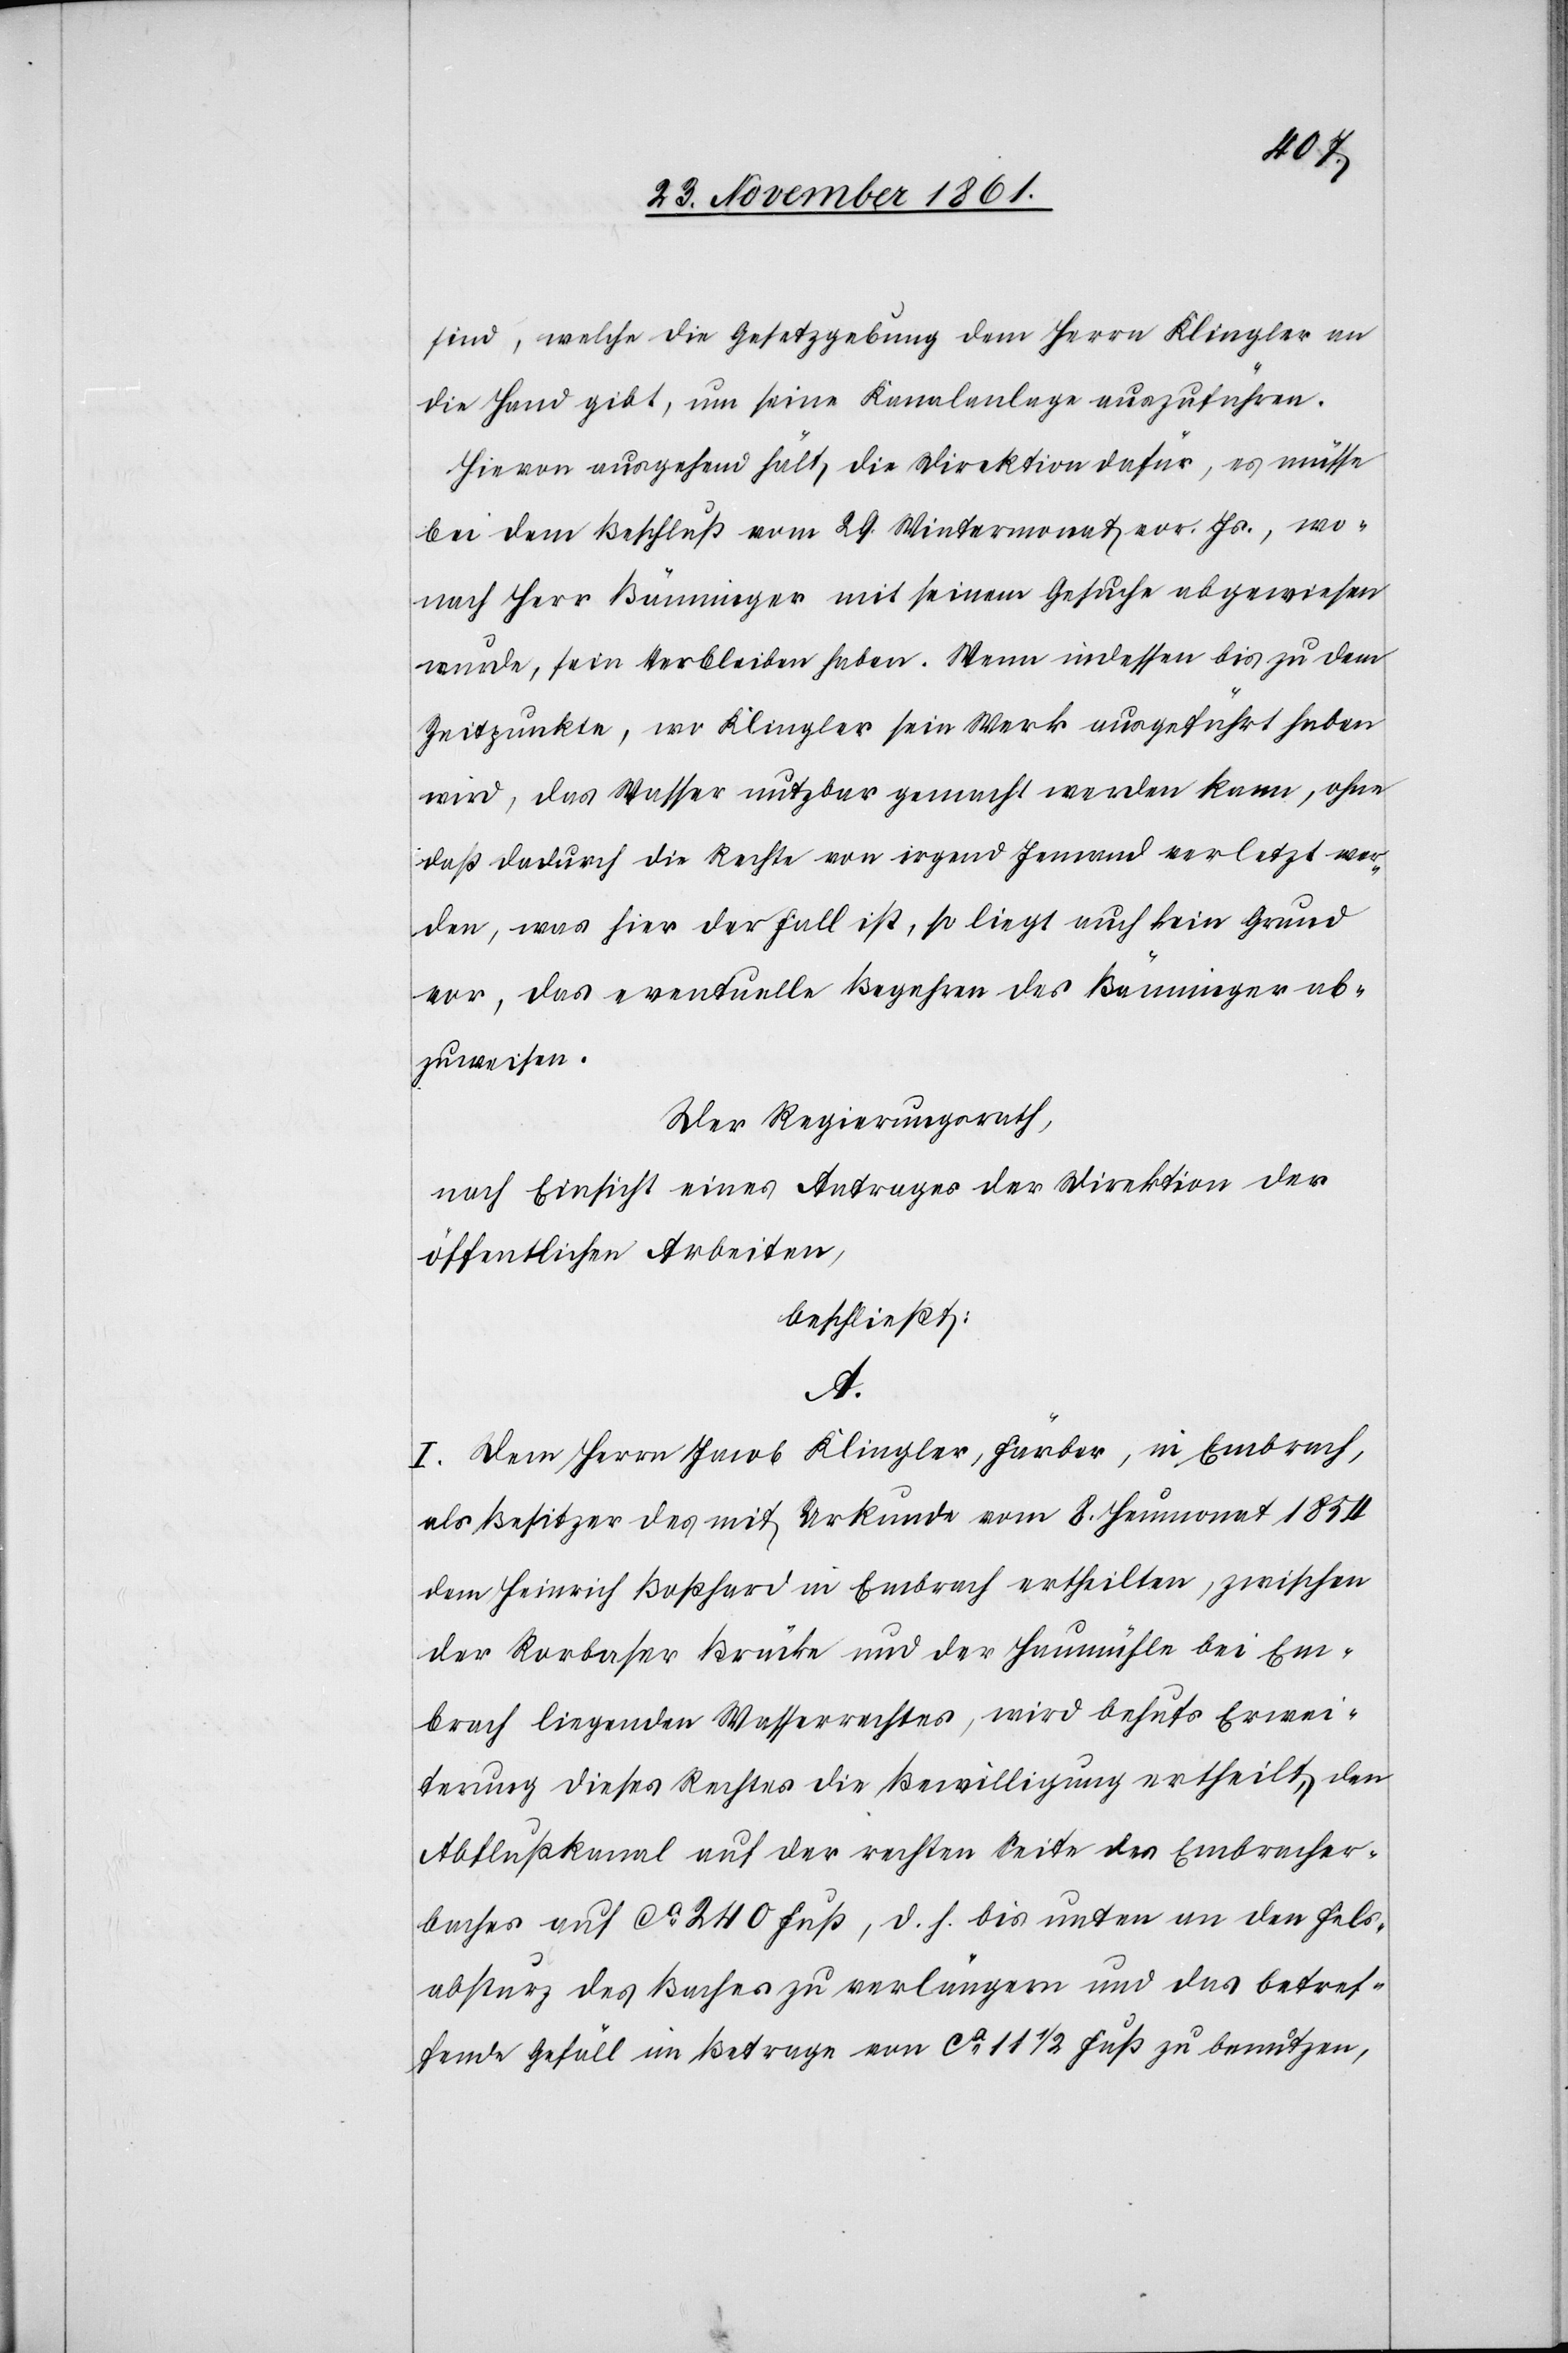
sind, welche die Gesetzgebung dem Herrn Klingler an
die Hand gibt, um seine Kanalanlage auszuführen.
Hievon ausgehend hält, die Direktion dafür, es müsse
bei dem Beschluß vom 29 Wintermonat vor. Js., wo¬
nach Herr Bänninger mit seinem Gesuche abgewiesen
wurde, sein Verbleiben haben. Wenn indessen bis zu dem
Zeitpunkte, wo Klingler sein Werk ausgeführt haben
wird, das Wasser nutzbar gemacht werden kann, ohne
daß dadurch die Rechte von irgend Jemand verletzt wer¬
den, was hier der Fall ist, so liegt auch kein Grund
vor, das eventuelle Begehren des Bänninger ab¬
zuweisen.
Der Regierungsrath,
nach Einsicht eines Antrages der Direktion der
öffentlichen Arbeiten,
beschließt:
A.
I. Dem Herrn Jacob Klingler, Färber, in Embrach,
als Besitzer des mit Urkunde vom 8 Heumonat 1854
dem Heinrich Boßhard in Embrach ertheilten, zwischen
der Rorbacher Brücke und der Heumühle bei Em¬
brach liegenden Wasserrechtes, wird behufs Erwei¬
terung dieses Rechtes die Bewilligung ertheilt, den
Ablußkanal auf der rechten Seite des Embracher¬
baches auf ca 240 Fuß, d. h. bis unten an den Fels¬
absturz des Baches zu verlängern und das betref¬
fende Gefäll im Betrage von ca 11 1/2 Fuß zu benutzen,